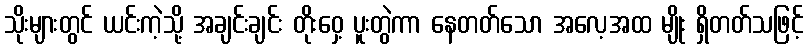
သိုးများတွင် ယင်းကဲ့သို့ အချင်းချင်း တိုးဝှေ့ ပူးတွဲကာ နေတတ်သော အလေ့အထ မျိုး ရှိတတ်သဖြင့်